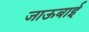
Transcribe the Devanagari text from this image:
जाऊबाई